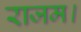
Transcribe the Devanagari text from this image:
राजम।